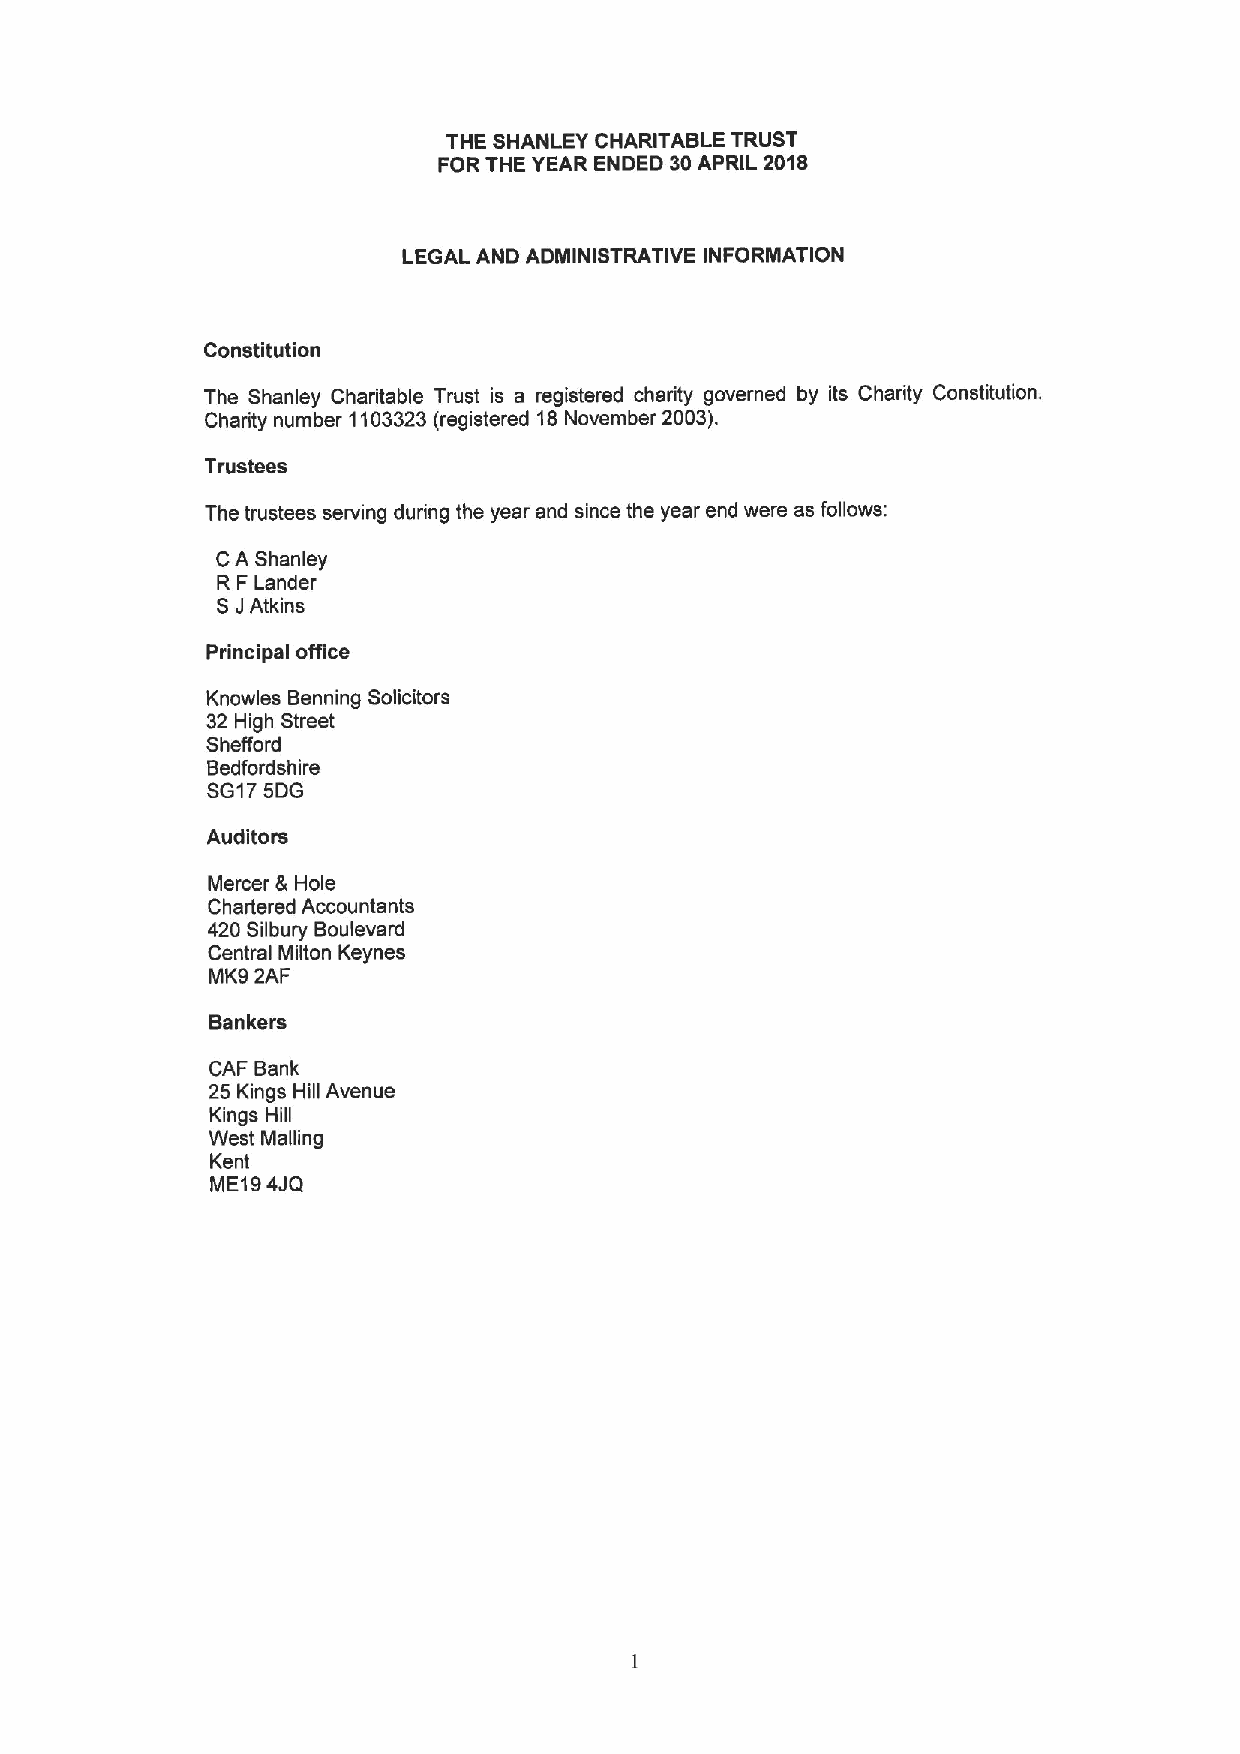
THE SHANLEY CHARITABLE TRUST
 FOR THE YEAR ENDED 30APRIL 2018
 LEGAL AND ADMINISTRATIVE INFORMATION
 Constitution
 The Shanley Charitable Trust is a registered charity governed by its Charity Constitution.
 Charity number 1103323(registered 18November 2003).
 Trustees
 The trustees serving during the year and since the year end were as follows:
 CA Shanley
 R FLander
 SJAtkins
 Principal office
 Knowles Benning Solicitors
 32 High Street
 Shefford
 Bedfordshire
 SG175DG
 Auditors
 Mercer &Hole
 Chartered Accountants
 420 Silbury Boulevard
 Central Milton Keynes
 MK9 2AF
 Bankers
 CAF Bank
 25 Kings Hill Avenue
 Kings Hill
 West Mailing
 Kent
 ME194JQ